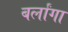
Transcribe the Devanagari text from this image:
बर्लांगा